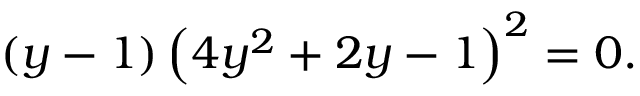
( y - 1 ) \left( 4 y ^ { 2 } + 2 y - 1 \right) ^ { 2 } = 0 .